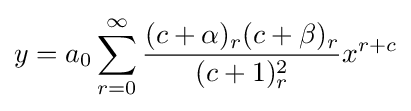
y=a_{0}\sum _{r=0}^{\infty }{\frac {(c+\alpha )_{r}(c+\beta )_{r}}{(c+1)_{r}^{2}}}x^{r+c}